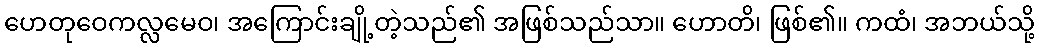
ဟေတုဝေကလ္လမေဝ၊ အကြောင်းချို့တဲ့သည်၏ အဖြစ်သည်သာ။ ဟောတိ၊ ဖြစ်၏။ ကထံ၊ အဘယ်သို့